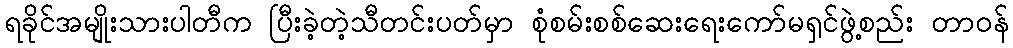
ရခိုင်အမျိုးသားပါတီက ပြီးခဲ့တဲ့သီတင်းပတ်မှာ စုံစမ်းစစ်ဆေးရေးကော်မရှင်ဖွဲ့စည်း တာဝန်